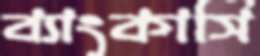
ব্যাংকার্সি